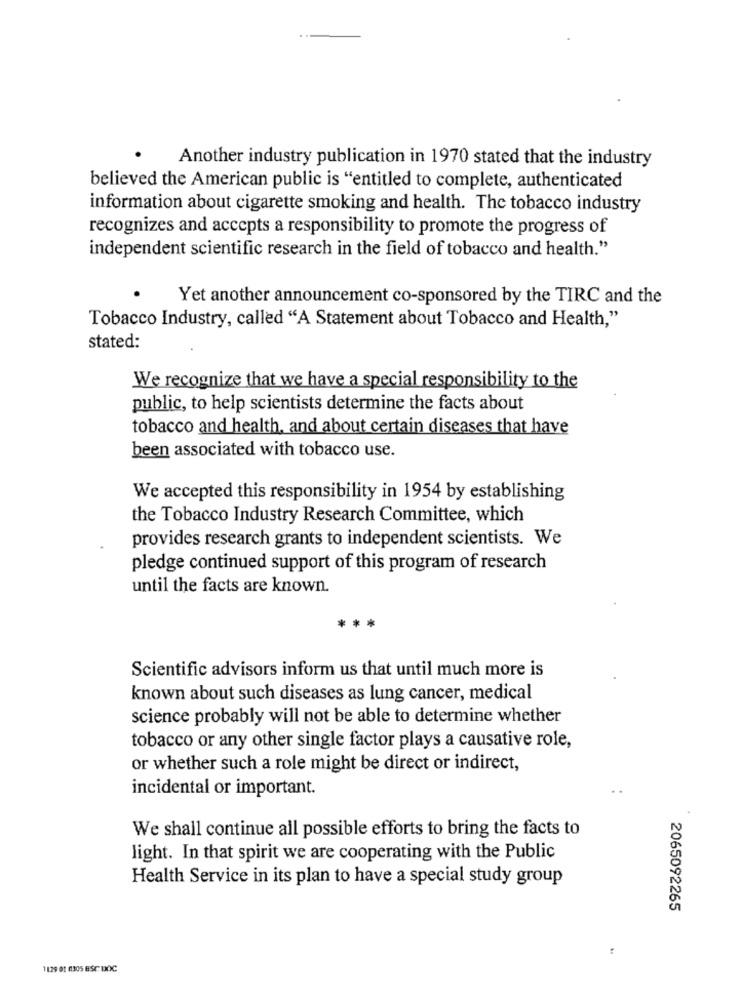
Another industry publication in 1970 stated that the industry
believed the American public is "entitled to complete, authenticated
information about cigarette smoking and health. The tobacco industry
recognizes and accepts a responsibility to promote the progress of
independent scientific research in the field of tobacco and health."
Yet another announcement co-sponsored by the TIRC and the
Tobacco Industry, called "A Statement about Tobacco and Health,"
stated:
We recognize that we have a special responsibility to the
public, to help scientists determine the facts about
tobacco and health, and about certain diseases that have
been associated with tobacco use.
We accepted this responsibility in 1954 by establishing
the Tobacco Industry Research Committee, which
provides research grants to independent scientists. We
pledge continued support of this program of research
until the facts are known.
Scientific advisors inform us that until much more is
known about such diseases as lung cancer, medical
science probably will not be able to determine whether
tobacco or any other single factor plays a causative role,
or whether such a role might be direct or indirect,
incidental or important.
We shall continue all possible efforts to bring the facts to
light. In that spirit we are cooperating with the Public
Health Service in its plan to have a special study group
2065092265
1129 01 6305 BSC DOC